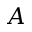
A